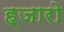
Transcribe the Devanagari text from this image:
ह्जारो